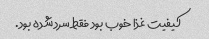
کیفیت غذا خوب بود فقط سرد شده بود.